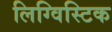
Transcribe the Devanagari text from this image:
लिग्विस्टिक